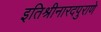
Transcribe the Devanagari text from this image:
इतिश्रीनारदपुराणे